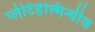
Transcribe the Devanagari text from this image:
प्लेटिहेल्मिन्थीज